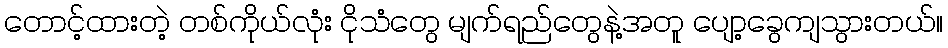
တောင့်ထားတဲ့ တစ်ကိုယ်လုံး ငိုသံတွေ မျက်ရည်တွေနဲ့အတူ ပျော့ခွေကျသွားတယ်။